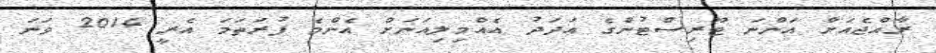
ރާއްޖެއަށް އަންނަ ޓޫރިސްޓުންގެ އަދަދު އެއްމިލިއަނަށް އެންމެ ފުރަތަަމަ އެރީ 2014 ވަނަ